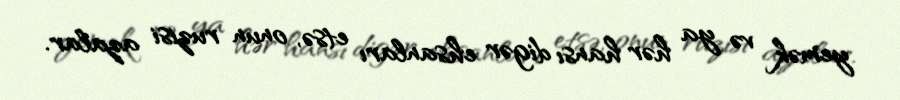
yemək və ya hər hansı digər ehsanları etsə, onun ruzisi azalar.